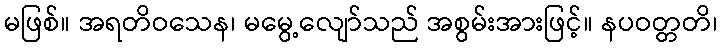
မဖြစ်။ အရတိဝသေန၊ မမွေ့လျော်သည် အစွမ်းအားဖြင့်။ နပဝတ္တတိ၊